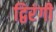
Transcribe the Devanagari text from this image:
द्विरंगी